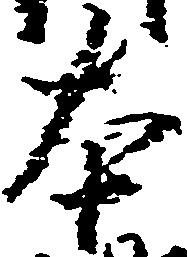
本